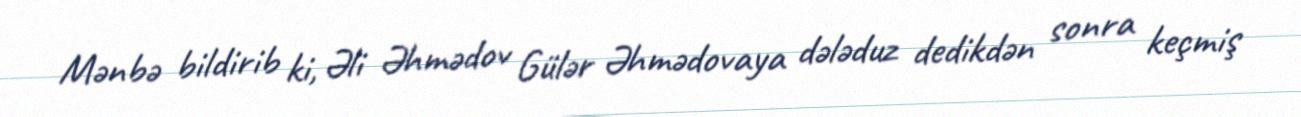
Mənbə bildirib ki, Əli Əhmədov Gülər Əhmədovaya dələduz dedikdən sonra keçmiş